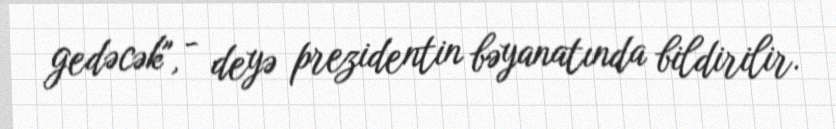
gedəcək", - deyə prezidentin bəyanatında bildirilir.